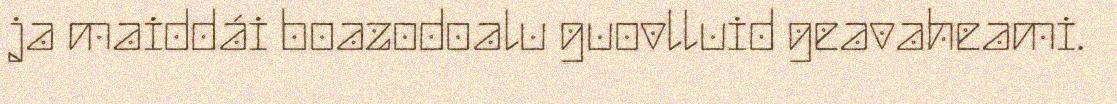
ja maiddái boazodoalu guovlluid geavaheami.